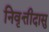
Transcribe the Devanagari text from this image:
निवृत्तीदासु